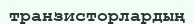
транзисторлардың